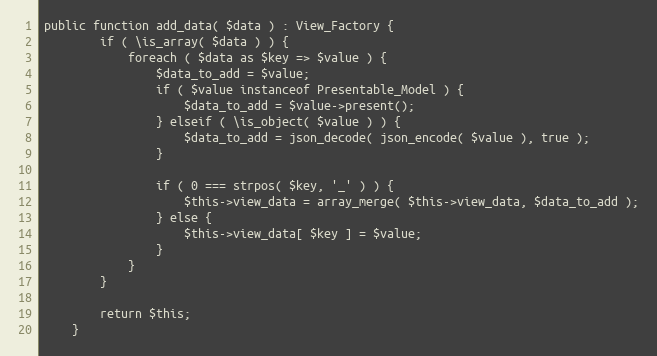
Language: PHP
public function add_data( $data ) : View_Factory {
		if ( \is_array( $data ) ) {
			foreach ( $data as $key => $value ) {
				$data_to_add = $value;
				if ( $value instanceof Presentable_Model ) {
					$data_to_add = $value->present();
				} elseif ( \is_object( $value ) ) {
					$data_to_add = json_decode( json_encode( $value ), true );
				}

				if ( 0 === strpos( $key, '_' ) ) {
					$this->view_data = array_merge( $this->view_data, $data_to_add );
				} else {
					$this->view_data[ $key ] = $value;
				}
			}
		}

		return $this;
	}